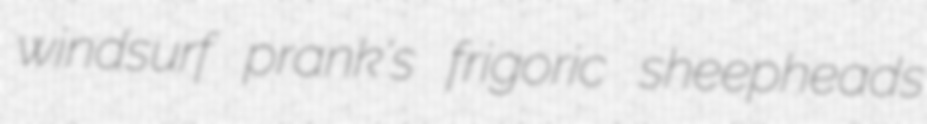
windsurf prank's frigoric sheepheads